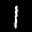
Label: 1